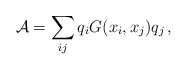
\begin{align*}{\cal A} = \sum_{ij} q_i G(x_i,x_j) q_j\,,\end{align*}